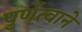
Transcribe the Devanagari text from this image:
पुर्णत्वाने